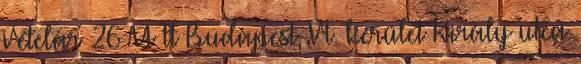
Vételár 26 M Ft Budapest, VI. kerület Király utca